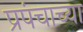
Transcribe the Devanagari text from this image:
प्रपंचाच्या